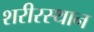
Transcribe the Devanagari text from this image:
शरीरस्थान